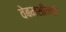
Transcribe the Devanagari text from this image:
वेबमशीनची